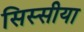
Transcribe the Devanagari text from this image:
सिस्सीया